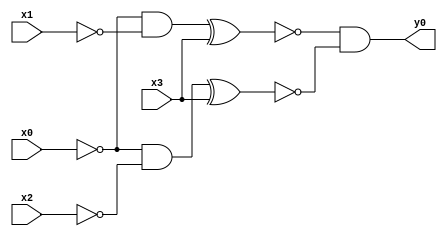
module top( x0 , x1 , x2 , x3 , y0 );
  input x0 , x1 , x2 , x3 ;
  output y0 ;
  wire n5 , n6 , n7 , n8 , n9 ;
  assign n5 = ~x0 & ~x1 ;
  assign n7 = n5 ^ x3 ;
  assign n6 = ~x0 & ~x2 ;
  assign n8 = n6 ^ x3 ;
  assign n9 = ~n7 & ~n8 ;
  assign y0 = n9 ;
endmodule